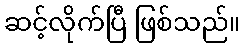
ဆင့်လိုက်ပြီ ဖြစ်သည်။